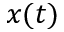
x ( t )